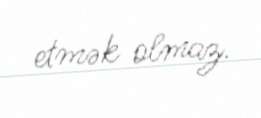
etmək olmaz.